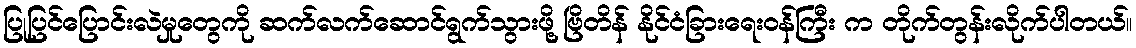
ပြုပြင်ပြောင်းလဲမှုတွေကို ဆက်လက်ဆောင်ရွက်သွားဖို့ ဗြိတိန် နိုင်ငံခြားရေးဝန်ကြီး က တိုက်တွန်းလိုက်ပါတယ်။